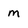
Character: m